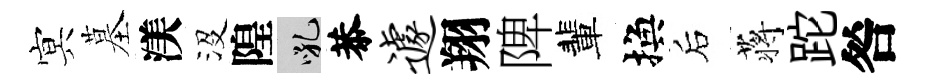
㝠墓渼沒隍吼恭遽翔陴輩換后蒋跎咎